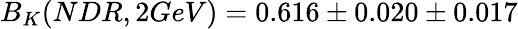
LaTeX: B_{K}(NDR,2GeV)=0.616\pm 0.020\pm 0.017